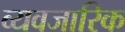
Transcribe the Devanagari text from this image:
व्यवजारिक